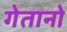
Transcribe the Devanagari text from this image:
गेतानो